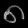
Digit: ၈